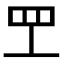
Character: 𬙕